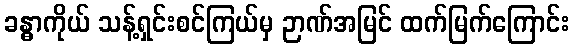
ခန္ဓာကိုယ် သန့်ရှင်းစင်ကြယ်မှ ဉာဏ်အမြင် ထက်မြက်ကြောင်း